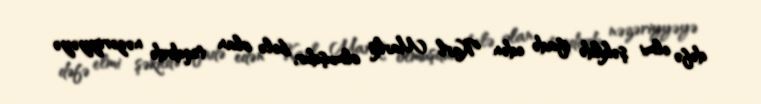
dəfə elmi şəkildə ifadə edən Karl Marks olmuşdur, belə olan təqdirdə nəzəriyyəyə